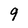
Character: 9